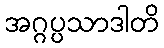
အဂ္ဂပ္ပသာဒါတိ